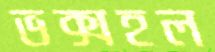
ভক্সহল